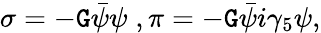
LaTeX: \sigma=-\mathtt{G}\bar{{\psi}}\psi\; ,\pi=-\mathtt{G}\bar{{\psi}}i\gamma_{5}\psi,